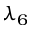
\lambda _ { 6 }